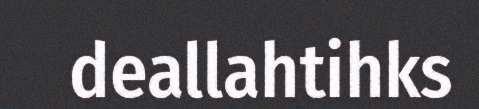
deallahtihks